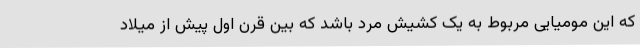
که این مومیایی مربوط به یک کشیش مرد باشد که بین قرن اول پیش از میلاد